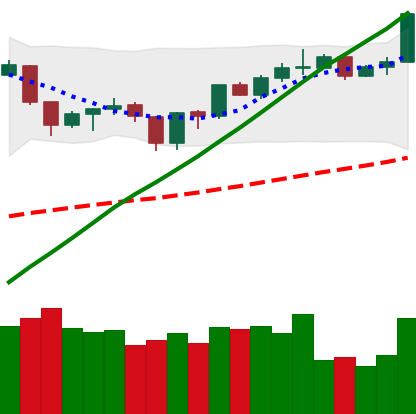
Ticker: ETH-USD
Chart end date: 2019-06-21
Forward return: 14.188%
Label: up_7plus